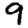
Digit: 9